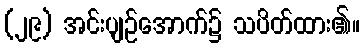
(၂၉) အင်းပျဉ်အောက်၌ သပိတ်ထား၏။